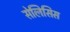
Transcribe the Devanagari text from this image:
सेलिसिस